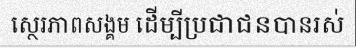
ស្ថេរភាពសង្គម ដើម្បីប្រជាជនបានរស់